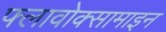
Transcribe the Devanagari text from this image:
फ्लावोक्सामाइन